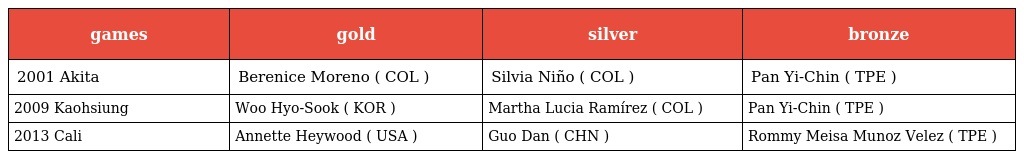
| games | gold | silver | bronze |
 | --- | --- | --- | --- |
 | 2001 Akita | Berenice Moreno ( COL ) | Silvia Niño ( COL ) | Pan Yi-Chin ( TPE ) |
 | 2009 Kaohsiung | Woo Hyo-Sook ( KOR ) | Martha Lucia Ramírez ( COL ) | Pan Yi-Chin ( TPE ) |
 | 2013 Cali | Annette Heywood ( USA ) | Guo Dan ( CHN ) | Rommy Meisa Munoz Velez ( TPE ) |